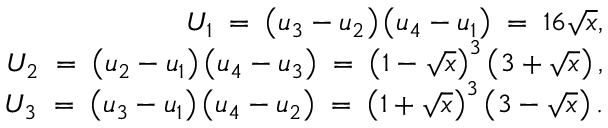
\begin{array} { r l r } & { } & { U _ { 1 } \; = \; \left( u _ { 3 } - u _ { 2 } \right) \left( u _ { 4 } - u _ { 1 } \right) \; = \; 1 6 \sqrt { x } , } \\ & { } & { U _ { 2 } \; = \; \left( u _ { 2 } - u _ { 1 } \right) \left( u _ { 4 } - u _ { 3 } \right) \; = \; \left( 1 - \sqrt { x } \right) ^ { 3 } \left( 3 + \sqrt { x } \right) , } \\ & { } & { U _ { 3 } \; = \; \left( u _ { 3 } - u _ { 1 } \right) \left( u _ { 4 } - u _ { 2 } \right) \; = \; \left( 1 + \sqrt { x } \right) ^ { 3 } \left( 3 - \sqrt { x } \right) . } \end{array}